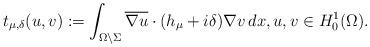
LaTeX: \begin{align*}t_{\mu,\delta}(u,v):=\int_{\Omega\setminus\Sigma} \overline{\nabla u}\cdot (h_\mu+i\delta) \nabla v\, dx,u,v\in H^1_0(\Omega).\end{align*}